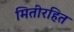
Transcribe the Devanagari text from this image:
मितीरहित